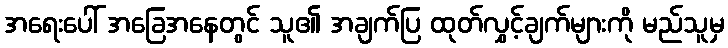
အရေးပေါ် အခြေအနေတွင် သူ၏ အချက်ပြ ထုတ်လွှင့်ချက်များကို မည်သူမှ